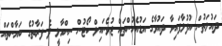
ދައުލަތުން އުފުލާފައިވާ ދައުވާގެ އަޑުއެހުންތައް ޖުވެނައިލް ކޯޓުން ނިންމާލީ ދެ ފަރާތުގެ ބަޔާންތައް